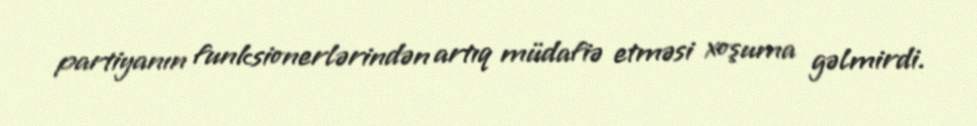
partiyanın funksionerlərindən artıq müdafiə etməsi xoşuma gəlmirdi.